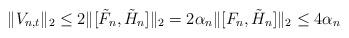
LaTeX: \begin{align*}\|V_{n,t}\|_2\le 2\|[\tilde F_n,\tilde H_n]\|_2=2\alpha_n\|[F_n,\tilde H_n]\|_2\le 4\alpha_n\end{align*}